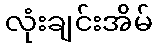
လုံးချင်းအိမ်